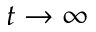
t \to \infty